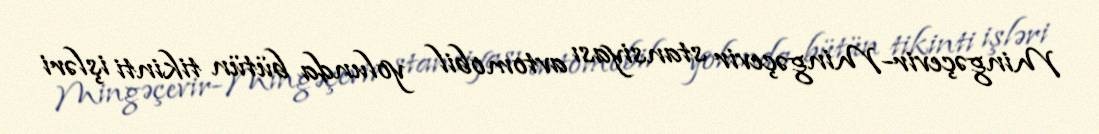
Mingəçevir-Mingəçevir stansiyası avtomobil yolunda bütün tikinti işləri